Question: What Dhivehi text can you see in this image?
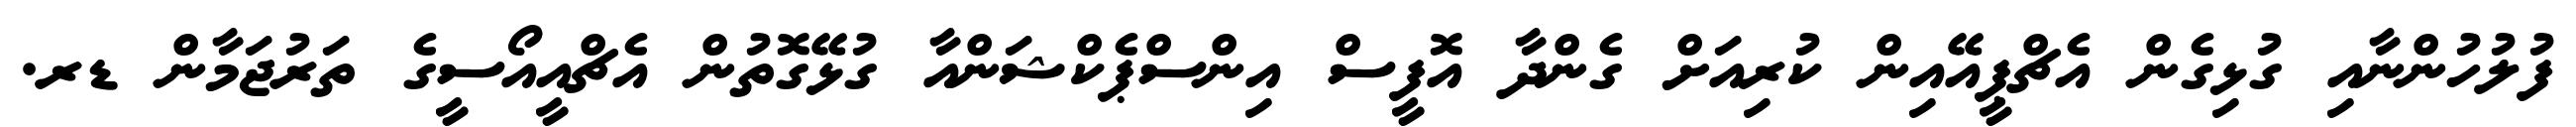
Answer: ފުލުހުންނާއި ގުޅިގެން އެޗްޕީއޭއިން ކުރިއަށް ގެންދާ އޮފީސް އިންސްޕެކްޝަންއާ ގުޅޭގޮތުން އެޗްއީއޯސީގެ ތަރުޖަމާން ޑރ.